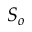
S _ { o }